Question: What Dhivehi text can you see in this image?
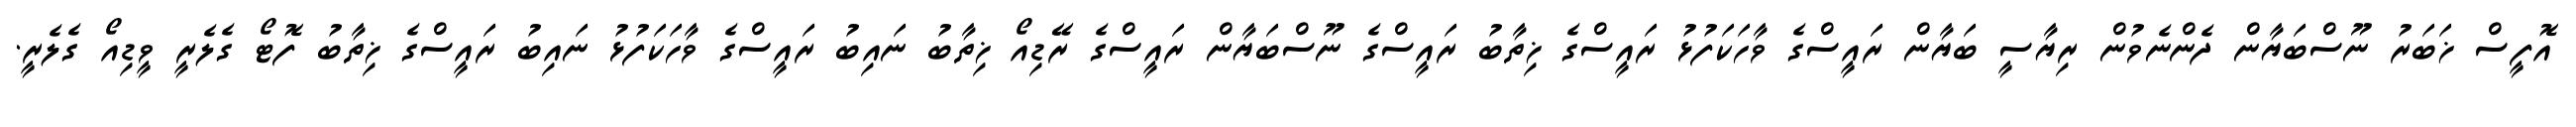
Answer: އޮފީސް ޚަބަރު ނޫސްބަޔާން ދެންނެވުން ރިޔާސީ ބަޔާން ރައީސްގެ ވާހަކަފުޅު ރައީސްގެ ޚިތާބު ރައީސްގެ ނޫސްބަޔާން ރައީސްގެ ރޭޑިއޯ ޚިތާބު ނައިބު ރައީސްގެ ވާހަކަފުޅު ނައިބު ރައީސްގެ ޚިތާބު ފޮޓޯ ގެލެރީ ވީޑިއޯ ގެލެރީ.